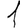
Digit: 1